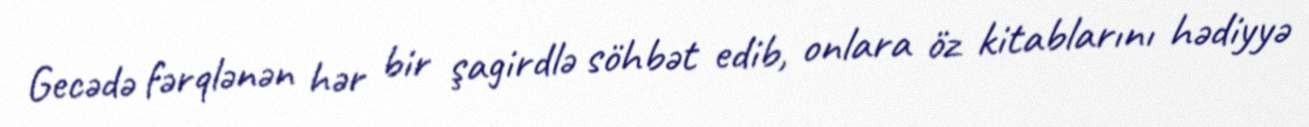
Gecədə fərqlənən hər bir şagirdlə söhbət edib, onlara öz kitablarını hədiyyə